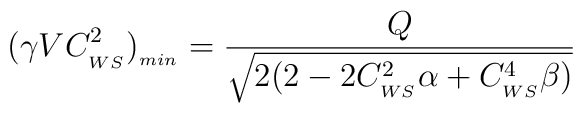
(\gamma VC_{_{WS}}^2)_{_{min}}= \frac{Q}{\sqrt{2(2-2C_{_{WS}}^2\alpha+C_{_{WS}}^4\beta)}}